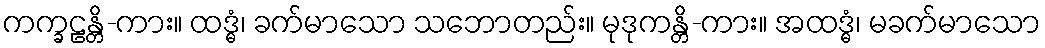
ကက္ခဠန္တိ-ကား။ ထဒ္ဓံ၊ ခက်မာသော သဘောတည်း။ မုဒုကန္တိ-ကား။ အထဒ္ဓံ၊ မခက်မာသော